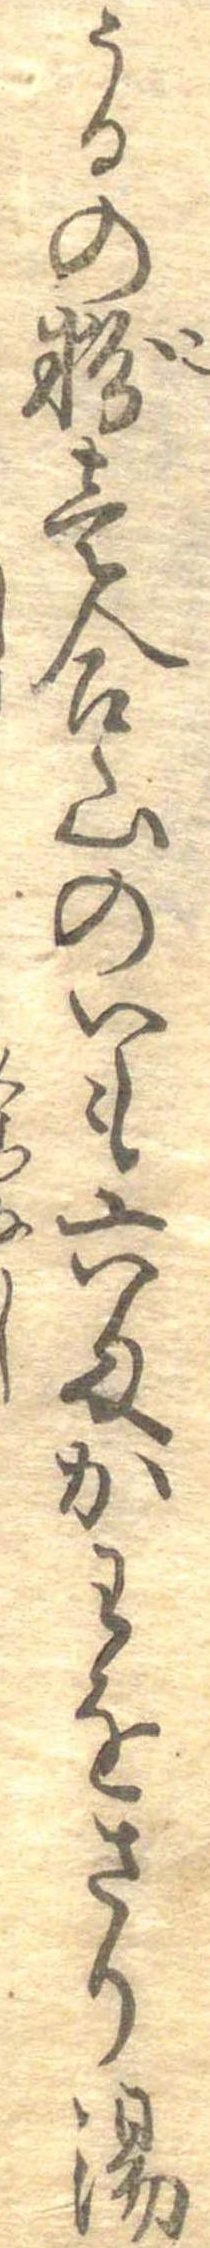
うるの粉壱合山のいも六匁かわをさり湯